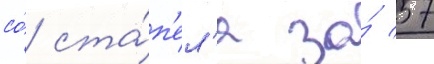
со́ ста́п'ел'я за́ 57